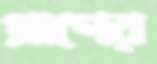
প্রাণের